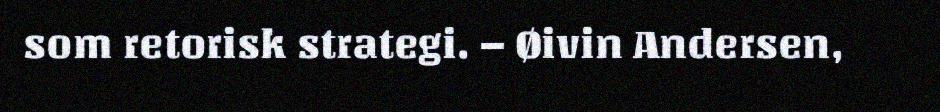
som retorisk strategi. – Øivin Andersen,